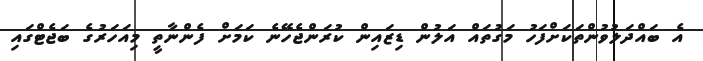
އެ ބައްދަލުވުންތަކަށްފަހު މަގުތައް އަލުން ޑިޒައިން ކުރަންޖެހޭނެ ކަމަށް ފެންނާތީ މިއަހަރުގެ ބަޖެޓްގައި